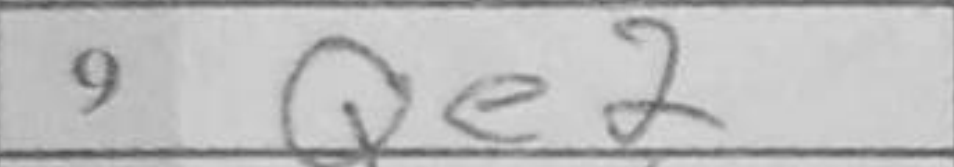
Transcription: Qe2